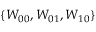
\{ W _ { 0 0 } , W _ { 0 1 } , W _ { 1 0 } \}